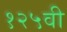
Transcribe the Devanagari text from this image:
१२५वी